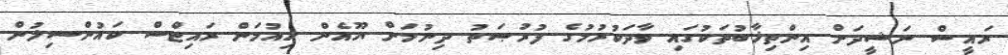
ރައީސް ނަޝީދަށް އިންތިޚާބުތަކުގައި ވާދަކުރުމުގެ ފުރުޞަތު ދިނުމަށް ޔޫއެން ހިއުމަން ރައިޓްސް ކައުންސިލުން